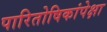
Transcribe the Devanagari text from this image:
पारितोषिकांपेक्षा